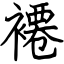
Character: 褼